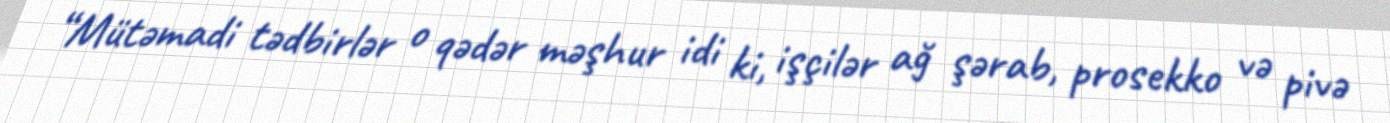
“Mütəmadi tədbirlər o qədər məşhur idi ki, işçilər ağ şərab, prosekko və pivə